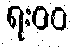
ရး၀၀